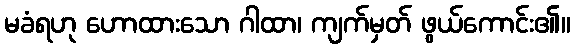
မခံရဟု ဟောထားသော ဂါထာ၊ ကျက်မှတ် ဖွယ်ကောင်း၏။